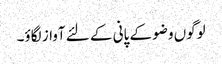
لوگوں وضو کے پانی کے لئے آواز لگاؤ۔